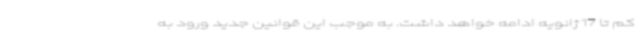
کم تا 17 ژانویه ادامه خواهد داشت. به موجب این قوانین جدید ورود به